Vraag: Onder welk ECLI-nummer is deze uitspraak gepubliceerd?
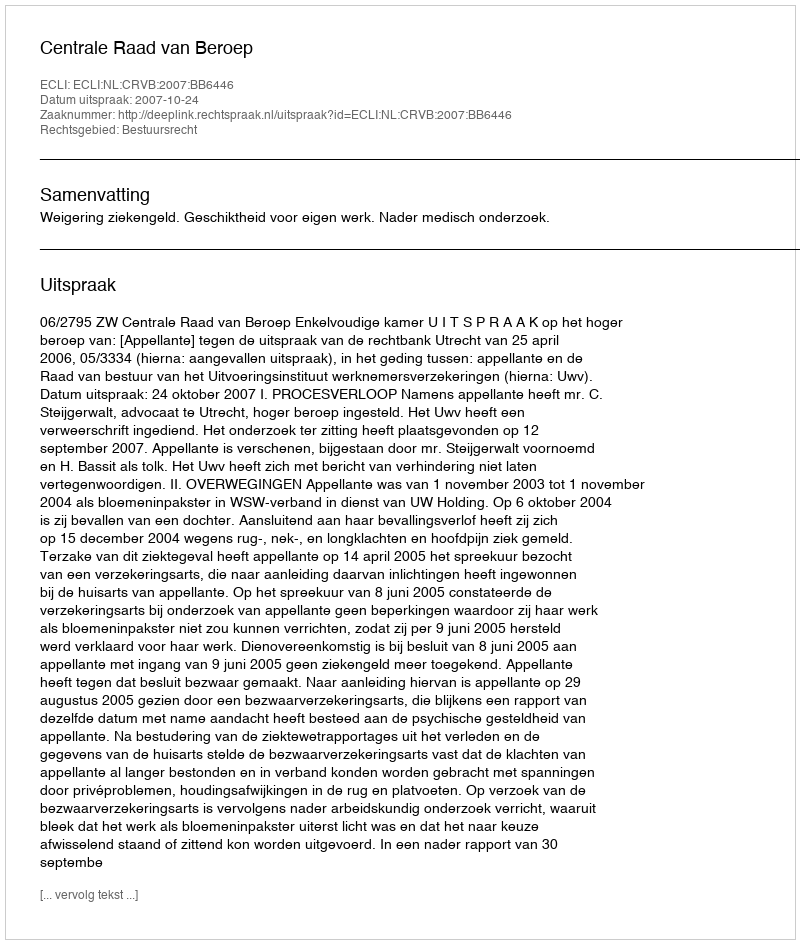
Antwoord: ECLI:NL:CRVB:2007:BB6446